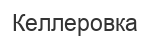
Келлеровка